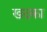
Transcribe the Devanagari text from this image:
खदका